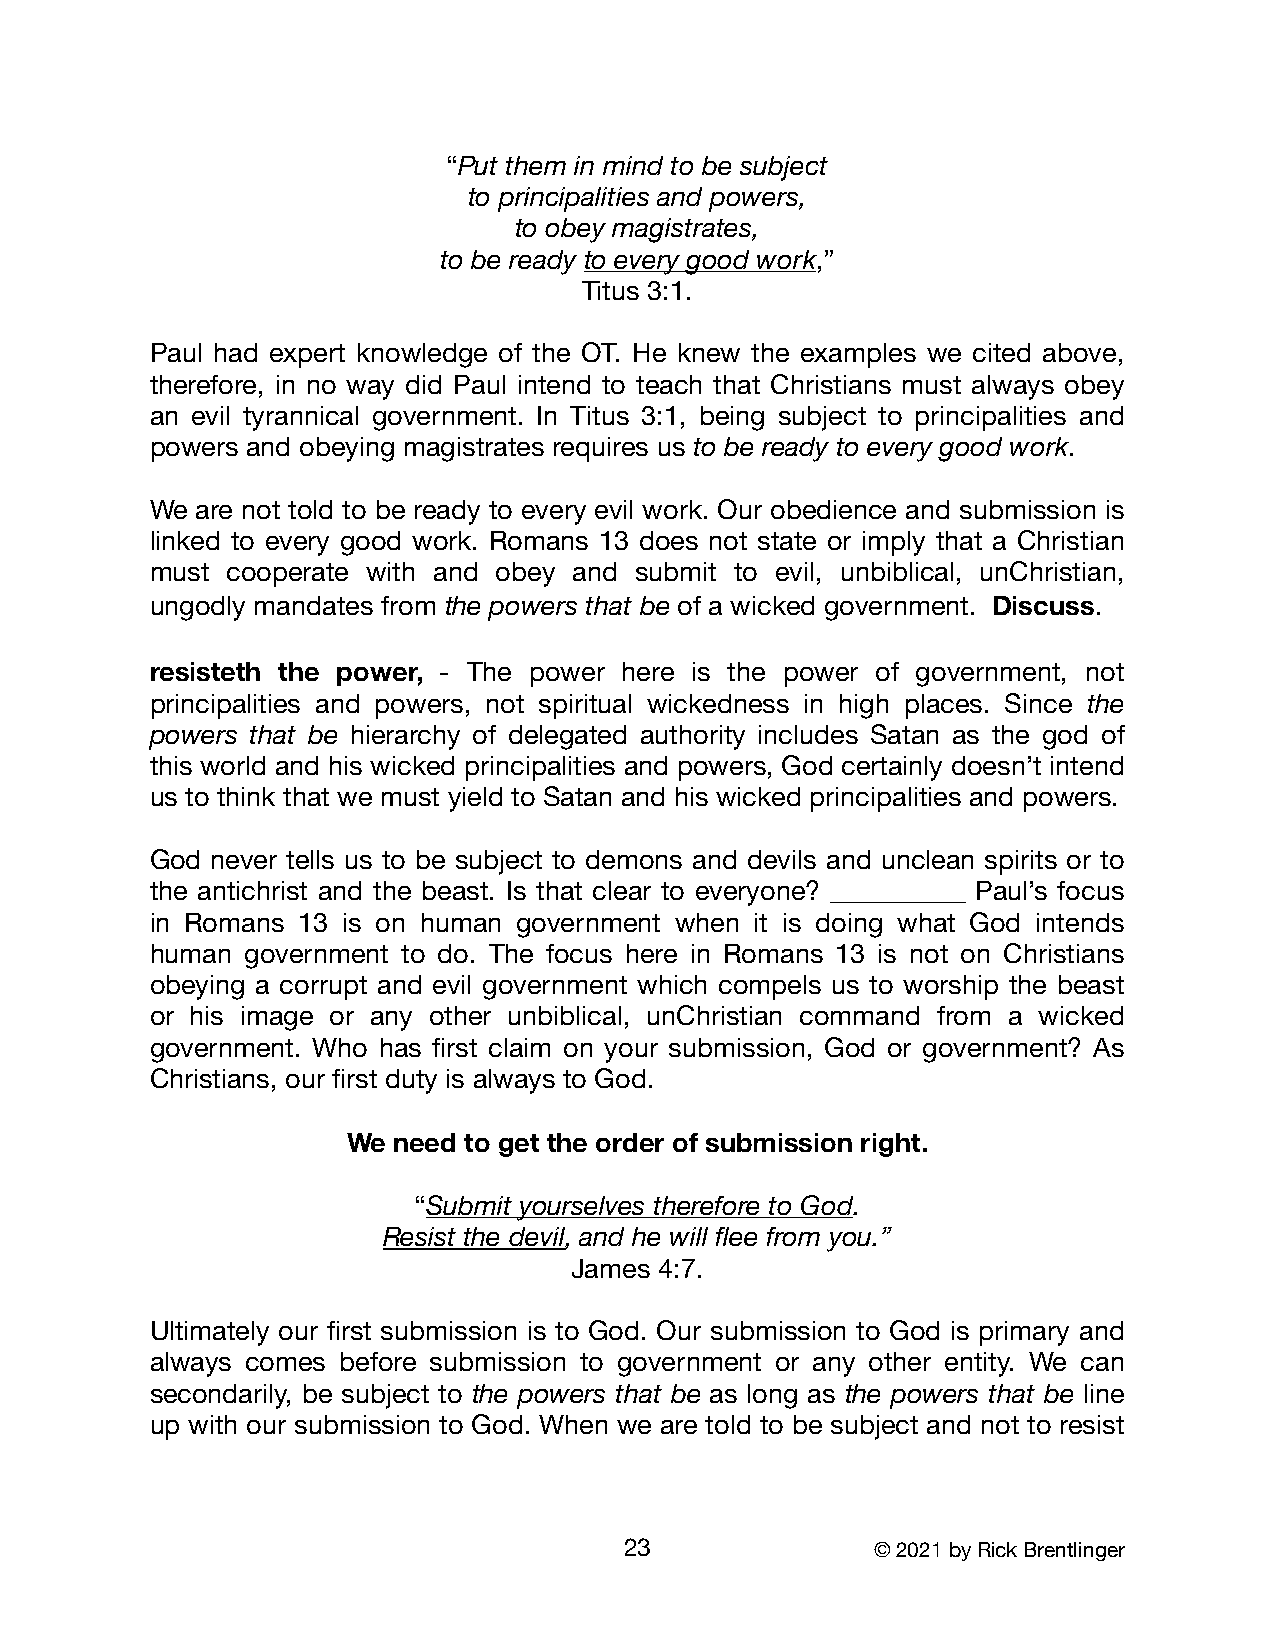
“Put them in mind to be subject
 to principalities and powers,
 to obey magistrates,
 to be ready to every good work,”
 Titus 3:1.
 Paul had expert knowledge of the OT. He knew the examples we cited above,
 therefore, in no way did Paul intend to teach that Christians must always obey
 an evil tyrannical government. In Titus 3:1, being subject to principalities and
 powers and obeying magistrates requires us to be ready to every good work.
 We are not told to be ready to every evil work. Our obedience and submission is
 linked to every good work. Romans 13 does not state or imply that a Christian
 must cooperate with and obey and submit to evil, unbiblical, unChristian,
 ungodly mandates from the powers that be of a wicked government. Discuss.
 resisteth the power, - The power here is the power of government, not
 principalities and powers, not spiritual wickedness in high places. Since the
 powers that be hierarchy of delegated authority includes Satan as the god of
 this world and his wicked principalities and powers, God certainly doesn’t intend
 us to think that we must yield to Satan and his wicked principalities and powers.
 God never tells us to be subject to demons and devils and unclean spirits or to
 the antichrist and the beast. Is that clear to everyone? __________ Paul’s focus
 in Romans 13 is on human government when it is doing what God intends
 human government to do. The focus here in Romans 13 is not on Christians
 obeying a corrupt and evil government which compels us to worship the beast
 or his image or any other unbiblical, unChristian command from a wicked
 government. Who has first claim on your submission, God or government? As
 Christians, our first duty is always to God.
 We need to get the order of submission right.
 “Submit yourselves therefore to God.
 Resist the devil, and he will flee from you.”
 James 4:7.
 Ultimately our first submission is to God. Our submission to God is primary and
 always comes before submission to government or any other entity. We can
 secondarily, be subject to the powers that be as long as the powers that be line
 up with our submission to God. When we are told to be subject and not to resist
 23               © 2021 by Rick Brentlinger